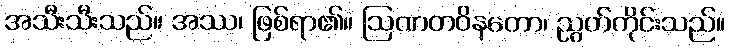
အသီးသီးသည်။ အဿ၊ ဖြစ်ရာ၏။ ဩဏတဝိနတော၊ ညွတ်ကိုင်းသည်။